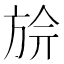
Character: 㫅